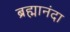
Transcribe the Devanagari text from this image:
ब्रह्मानंदा